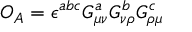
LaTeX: O _ { A } = \epsilon ^ { a b c } G _ { \mu \nu } ^ { a } G _ { \nu \rho } ^ { b } G _ { \rho \mu } ^ { c }